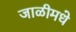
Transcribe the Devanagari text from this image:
जाळीमधे